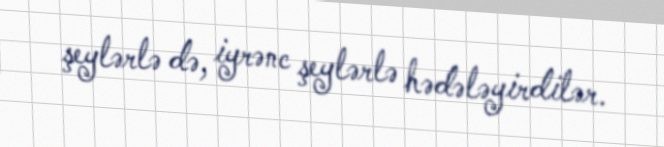
şeylərlə də, iyrənc şeylərlə hədələyirdilər.